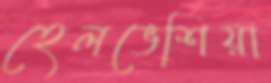
হেলভেশিয়া